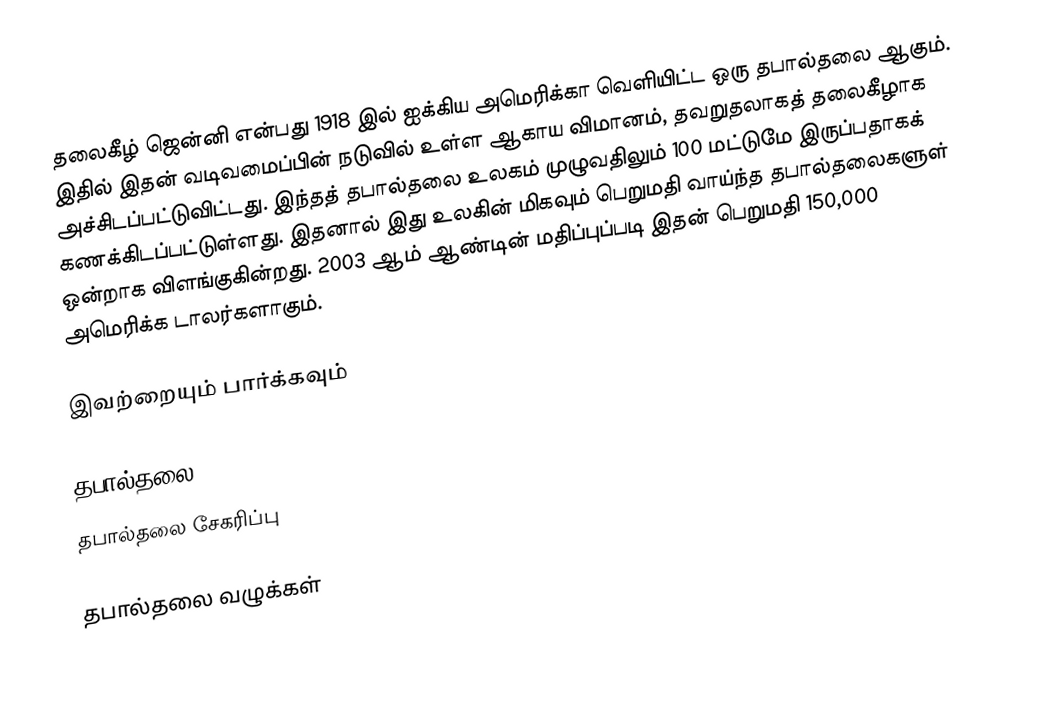
தலைகீழ் ஜென்னி என்பது 1918 இல் ஐக்கிய அமெரிக்கா வெளியிட்ட ஒரு தபால்தலை ஆகும். இதில் இதன் வடிவமைப்பின் நடுவில் உள்ள ஆகாய விமானம், தவறுதலாகத் தலைகீழாக அச்சிடப்பட்டுவிட்டது. இந்தத் தபால்தலை உலகம் முழுவதிலும் 100 மட்டுமே இருப்பதாகக் கணக்கிடப்பட்டுள்ளது. இதனால் இது உலகின் மிகவும் பெறுமதி வாய்ந்த தபால்தலைகளுள் ஒன்றாக விளங்குகின்றது. 2003 ஆம் ஆண்டின் மதிப்புப்படி இதன் பெறுமதி 150,000 அமெரிக்க டாலர்களாகும்.

இவற்றையும் பார்க்கவும்

 தபால்தலை
 தபால்தலை சேகரிப்பு

தபால்தலை வழுக்கள்